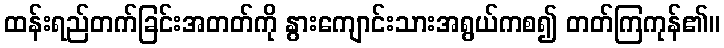
ထန်းရည်တက်ခြင်းအတတ်ကို နွားကျောင်းသားအရွယ်ကစ၍ တတ်ကြကုန်၏။